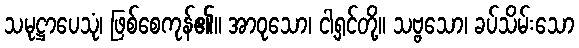
သမုဋ္ဌာပေသုံ၊ ဖြစ်စေကုန်၏။ အာဝုသော၊ ငါ့ရှင်တို့။ သဗ္ဗသော၊ ခပ်သိမ်းသော